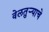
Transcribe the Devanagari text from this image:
वेलतुऱ्याचे